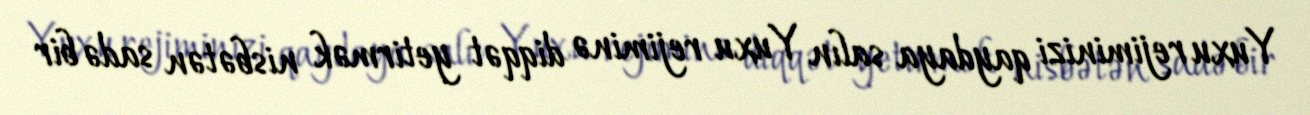
Yuxu rejiminizi qaydaya salın Yuxu rejiminə diqqət yetirmək nisbətən sadə bir